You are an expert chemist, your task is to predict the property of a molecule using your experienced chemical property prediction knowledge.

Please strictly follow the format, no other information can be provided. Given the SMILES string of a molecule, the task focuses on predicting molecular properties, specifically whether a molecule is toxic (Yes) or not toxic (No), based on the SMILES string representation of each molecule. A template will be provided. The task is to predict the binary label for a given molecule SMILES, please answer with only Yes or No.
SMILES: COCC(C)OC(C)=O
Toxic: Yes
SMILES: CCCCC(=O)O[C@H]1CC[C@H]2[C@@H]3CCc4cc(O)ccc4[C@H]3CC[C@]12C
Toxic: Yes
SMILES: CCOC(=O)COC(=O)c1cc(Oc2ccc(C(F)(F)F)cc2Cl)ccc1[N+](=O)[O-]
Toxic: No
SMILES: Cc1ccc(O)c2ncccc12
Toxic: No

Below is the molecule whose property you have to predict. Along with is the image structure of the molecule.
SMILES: CCn1nc(C)c2c1C(=O)NCC(c1ccc(O)cc1)=N2
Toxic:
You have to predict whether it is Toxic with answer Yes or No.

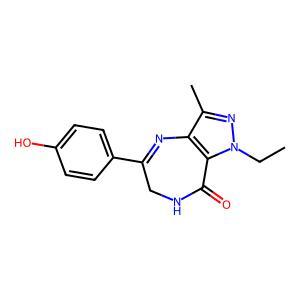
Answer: No